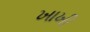
ખાખી